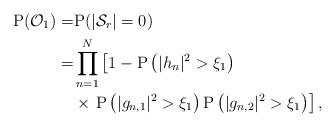
LaTeX: \begin{align*} \mathrm{P}(\mathcal{O}_{1}) = & \mathrm{P} (|\mathcal{S}_r|=0)\\ =& \prod_{n=1}^{N}\left[1-\mathrm{P}\left(|h_n|^2>\xi_1\right) \right.\\ &\times \left. \mathrm{P}\left(|g_{n,1}|^2>\xi_1\right) \mathrm{P}\left(|g_{n,2}|^2>\xi_1\right)\right],\end{align*}